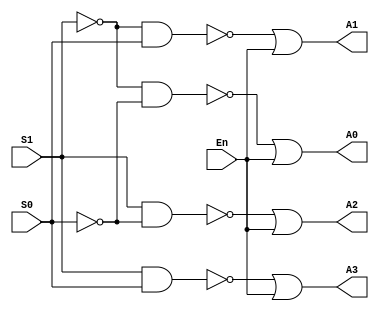
module Decoder74LS139(S0, S1, En, A0, A1, A2, A3);

	input S0, S1, En;	//S1 is MSB and S0 is LSB , Enable En is active LOW
	output A0, A1, A2, A3;
	
	wire v0, v1, v2, v3;
	
	assign v0 = (~S1) & (~S0);	
	assign v1 = (~S1) & S0;
	assign v2 = S1 & (~S0);
	assign v3 = S1 & S0;

	assign A0 = ~v0 | En;	//taking or with En so that when En is high (disabled) all outputs are high
	assign A1 = ~v1 | En;
	assign A2 = ~v2 | En;
	assign A3 = ~v3 | En;
	
endmodule

module dff(q,d,clk,reset);

	input d,clk,reset;    //reset is active LOW
	output q;
	reg q;
  	
	always@(posedge clk)	//Positive edge triggered DFF
		q <= d;

	always@(~reset)    //active LOW reset
		q <= 1'b0;
		
endmodule

module QuadDFF74LS175(D0, D1, D2, D3, Q0, Q1, Q2, Q3, Reset, Clk);

	input D0, D1, D2, D3, Clk, Reset;	//Reset is active LOW
	output Q0, Q1, Q2, Q3;
	
	dff DFF0(Q0, D0, Clk, Reset);
	dff DFF1(Q1, D1, Clk, Reset);
	dff DFF2(Q2, D2, Clk, Reset);
	dff DFF3(Q3, D3, Clk, Reset);
	
endmodule
	
module mux(a0, a1, a2, a3, O, s0, s1, E);
	
	input a0, a1, a2, a3, s0, s1, E;	//s1 is MSB and s0 is LSB , Enable E is active LOW
	output O;
	
	wire t0, t1, t2, t3;
	
	assign t0 = a0 & (~s1) & (~s0) & (~E);
	assign t1 = a1 & (~s1) & (s0) & (~E);
	assign t2 = a2 & (s1) & (~s0) & (~E);
	assign t3 = a3 & (s1) & (s0) & (~E);
	
	assign O = t0 | t1 | t2 | t3;
	
endmodule

module MUX74HC153(A0, A1, A2, A3, o1, A4, A5, A6, A7, o2, S0, S1, E1, E2);

	input A0, A1, A2, A3, A4, A5, A6, A7, S0, S1, E1, E2;	//s1 is MsB and s0 is LSB , enable E1 and E2 are active LOW
	output o1, o2;
	
	mux MUX1(A0, A1, A2, A3, o1, S0, S1, E1);
	mux MUX2(A4, A5, A6, A7, o2, S0, S1, E2);
	
endmodule

module Circuit(I0, I1, I2, I3, I4, I5, I6, I7, O0, O1, O2, O3, O4, O5, O6, O7, Select0, Select1, Read, Clear);

	input I0, I1, I2, I3, I4, I5, I6, I7, Select0, Select1, Read, Clear;
	output O0, O1, O2, O3, O4, O5, O6, O7;
	
	wire w0, w1, w2, w3; 
	wire q0, q1, q2, q3, q4, q5, q6, q7, q8, q9, q10, q11, q12, q13, q14, q15;
	wire q16, q17, q18, q19, q20, q21, q22, q23, q24, q25, q26, q27, q28, q29, q30, q31;
		
	Decoder74LS139 Decoder0(Select0, Select1, Read, w0, w1, w2, w3);
	
	QuadDFF74LS175 DFFIC0(I0, I1, I2, I3, q0, q1, q2, q3, Clear, ~w0);
	QuadDFF74LS175 DFFIC1(I0, I1, I2, I3, q4, q5, q6, q7, Clear, ~w1);
	QuadDFF74LS175 DFFIC2(I0, I1, I2, I3, q8, q9, q10, q11, Clear, ~w2);
	QuadDFF74LS175 DFFIC3(I0, I1, I2, I3, q12, q13, q14, q15, Clear, ~w3);
	
	QuadDFF74LS175 DFFIC4(I4, I5, I6, I7, q16, q17, q18, q19, Clear, ~w0);
	QuadDFF74LS175 DFFIC5(I4, I5, I6, I7, q20, q21, q22, q23, Clear, ~w1);
	QuadDFF74LS175 DFFIC6(I4, I5, I6, I7, q24, q25, q26, q27, Clear, ~w2);
	QuadDFF74LS175 DFFIC7(I4, I5, I6, I7, q28, q29, q30, q31, Clear, ~w3);
	
	MUX74HC153 MUXIC0(q0, q4, q8, q12, O0, q16, q20, q24, q28, O4, Select0, Select1, ~Read, ~Read);
	MUX74HC153 MUXIC1(q1, q5, q9, q13, O1, q17, q21, q25, q29, O5, Select0, Select1, ~Read, ~Read);
	MUX74HC153 MUXIC2(q2, q6, q10, q14, O2, q18, q22, q26, q30, O6, Select0, Select1, ~Read, ~Read);
	MUX74HC153 MUXIC3(q3, q7, q11, q15, O3, q19, q23, q27, q31, O7, Select0, Select1, ~Read, ~Read);
	
endmodule